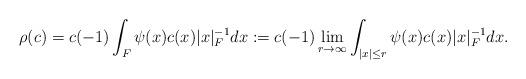
LaTeX: \begin{align*}\rho ( c ) = c(-1) \int_{ F } \psi ( x ) c ( x ) | x |_F^{-1} dx := c(-1) \lim_{ r \to \infty} \int_{ |x| \leq r } \psi ( x ) c ( x ) | x |_F^{-1} dx .\end{align*}